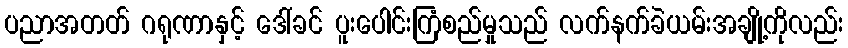
ပညာအတတ် ဂရုဏာနှင့် ဒေါ်ခင် ပူးပေါင်းကြံစည်မှုသည် လက်နက်ခဲယမ်းအချို့ကိုလည်း